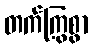
တက်ကြွစွာ